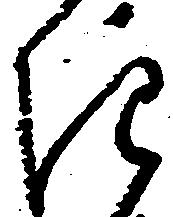
き